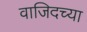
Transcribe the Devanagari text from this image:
वाजिदच्या